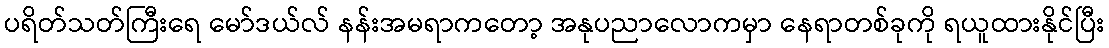
ပရိတ်သတ်ကြီးရေ မော်ဒယ်လ် နန်းအမရာကတော့ အနုပညာလောကမှာ နေရာတစ်ခုကို ရယူထားနိုင်ပြီး